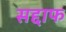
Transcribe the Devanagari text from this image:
सद्दाफ